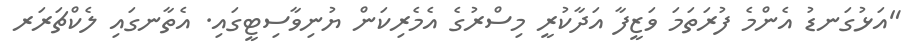
"އަޅުގަނޑު އެންމެ ފުރަތަމަ ވަޒީފާ އަދާކުރީ މިސްރުގެ އެމެރިކަން ޔުނިވާސިޓީގައި. އެތާނގައި ލެކްޗަރަރ